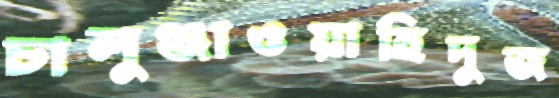
চালুঞ্জাওয়াহিদুজ